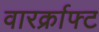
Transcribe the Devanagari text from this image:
वारर्क्राफ्ट